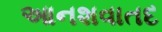
આનશવાતદ